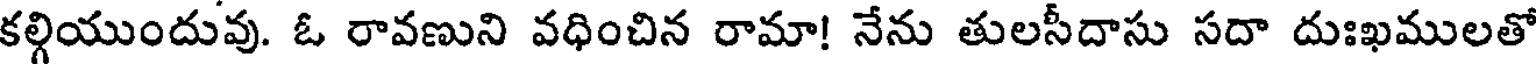
కల్గియుందువు. ఓ రావణుని వధించిన రామా! నేను తులసీదాసు సదా దుఃఖములతో